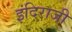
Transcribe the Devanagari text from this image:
इंदिराजी